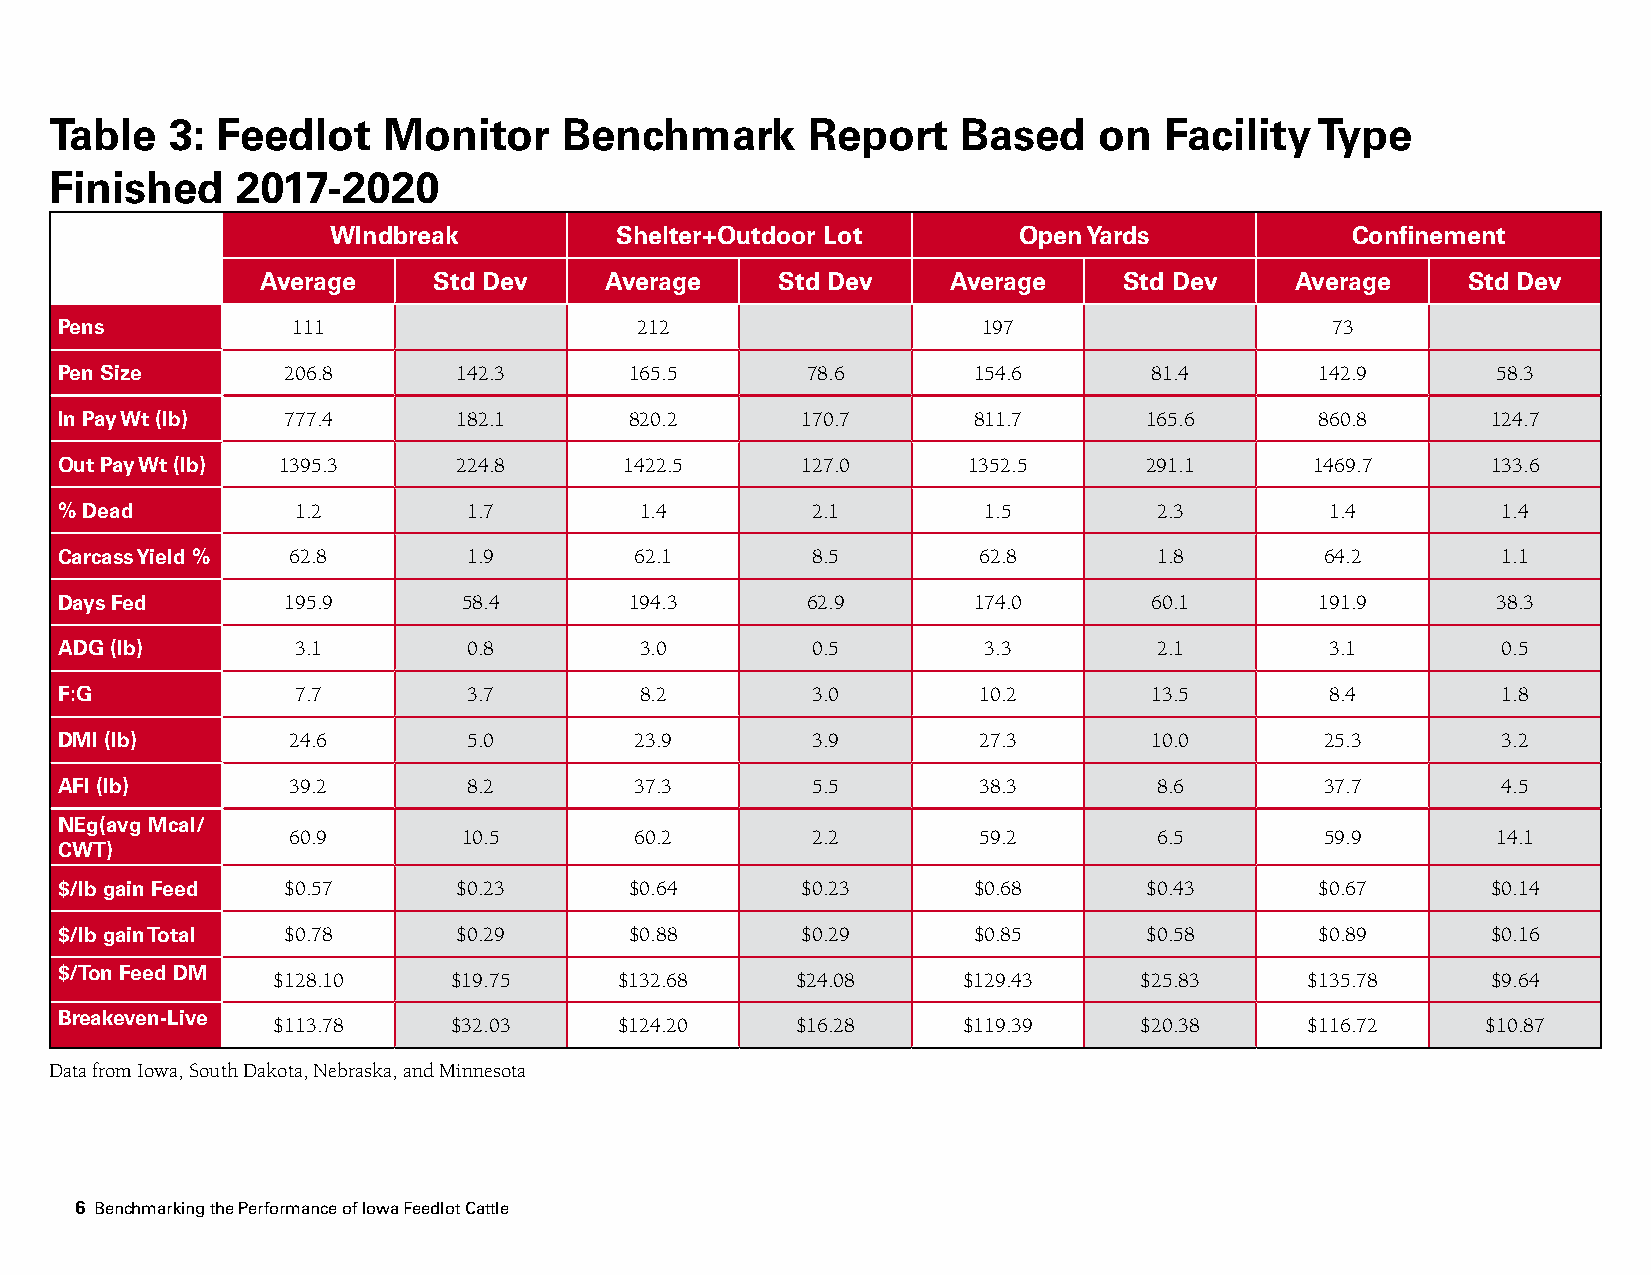
Table   3: Feedlot    Monitor     Benchmark       Report     Based    on  Facility  Type
 Finished     2017-2020
 WIndbreak          Shelter+Outdoor Lot       Open Yards            Confinement
 Average     Std Dev    Average    Std Dev     Average    Std Dev     Average    Std Dev
 Pens           111                    212                    197                    73
 Pen Size       206.8      142.3       165.5      78.6       154.6       81.4       142.9       58.3
 In Pay Wt (lb) 777.4      182.1       820.2      170.7      811.7       165.6      860.8       124.7
 Out Pay Wt (lb) 1395.3    224.8      1422.5      127.0      1352.5      291.1      1469.7      133.6
 % Dead          1.2        1.7        1.4         2.1        1.5         2.3        1.4        1.4
 Carcass Yield % 62.8       1.9        62.1        8.5        62.8        1.8        64.2       1.1
 Days Fed       195.9       58.4       194.3      62.9       174.0       60.1       191.9       38.3
 ADG (lb)        3.1        0.8        3.0         0.5        3.3         2.1        3.1        0.5
 F:G             7.7        3.7        8.2         3.0        10.2       13.5        8.4        1.8
 DMI (lb)       24.6        5.0        23.9        3.9        27.3       10.0        25.3       3.2
 AFI (lb)       39.2        8.2        37.3        5.5        38.3        8.6        37.7       4.5
 NEg(avg Mcal/
 60.9        10.5       60.2        2.2        59.2        6.5        59.9       14.1
 CWT)
 $/lb gain Feed $0.57      $0.23       $0.64      $0.23      $0.68       $0.43      $0.67       $0.14
 $/lb gain Total $0.78     $0.29       $0.88      $0.29      $0.85       $0.58      $0.89       $0.16
 $/Ton Feed DM
 $128.10     $19.75     $132.68     $24.08     $129.43    $25.83      $135.78     $9.64
 Breakeven-Live
 $113.78     $32.03     $124.20     $16.28     $119.39    $20.38      $116.72    $10.87
 Data from Iowa, South Dakota, Nebraska, and Minnesota
 6 Benchmarking the Performance of Iowa Feedlot Cattle